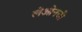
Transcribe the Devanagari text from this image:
लेओनची